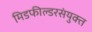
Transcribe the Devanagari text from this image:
मिडफील्डरसंयुक्त